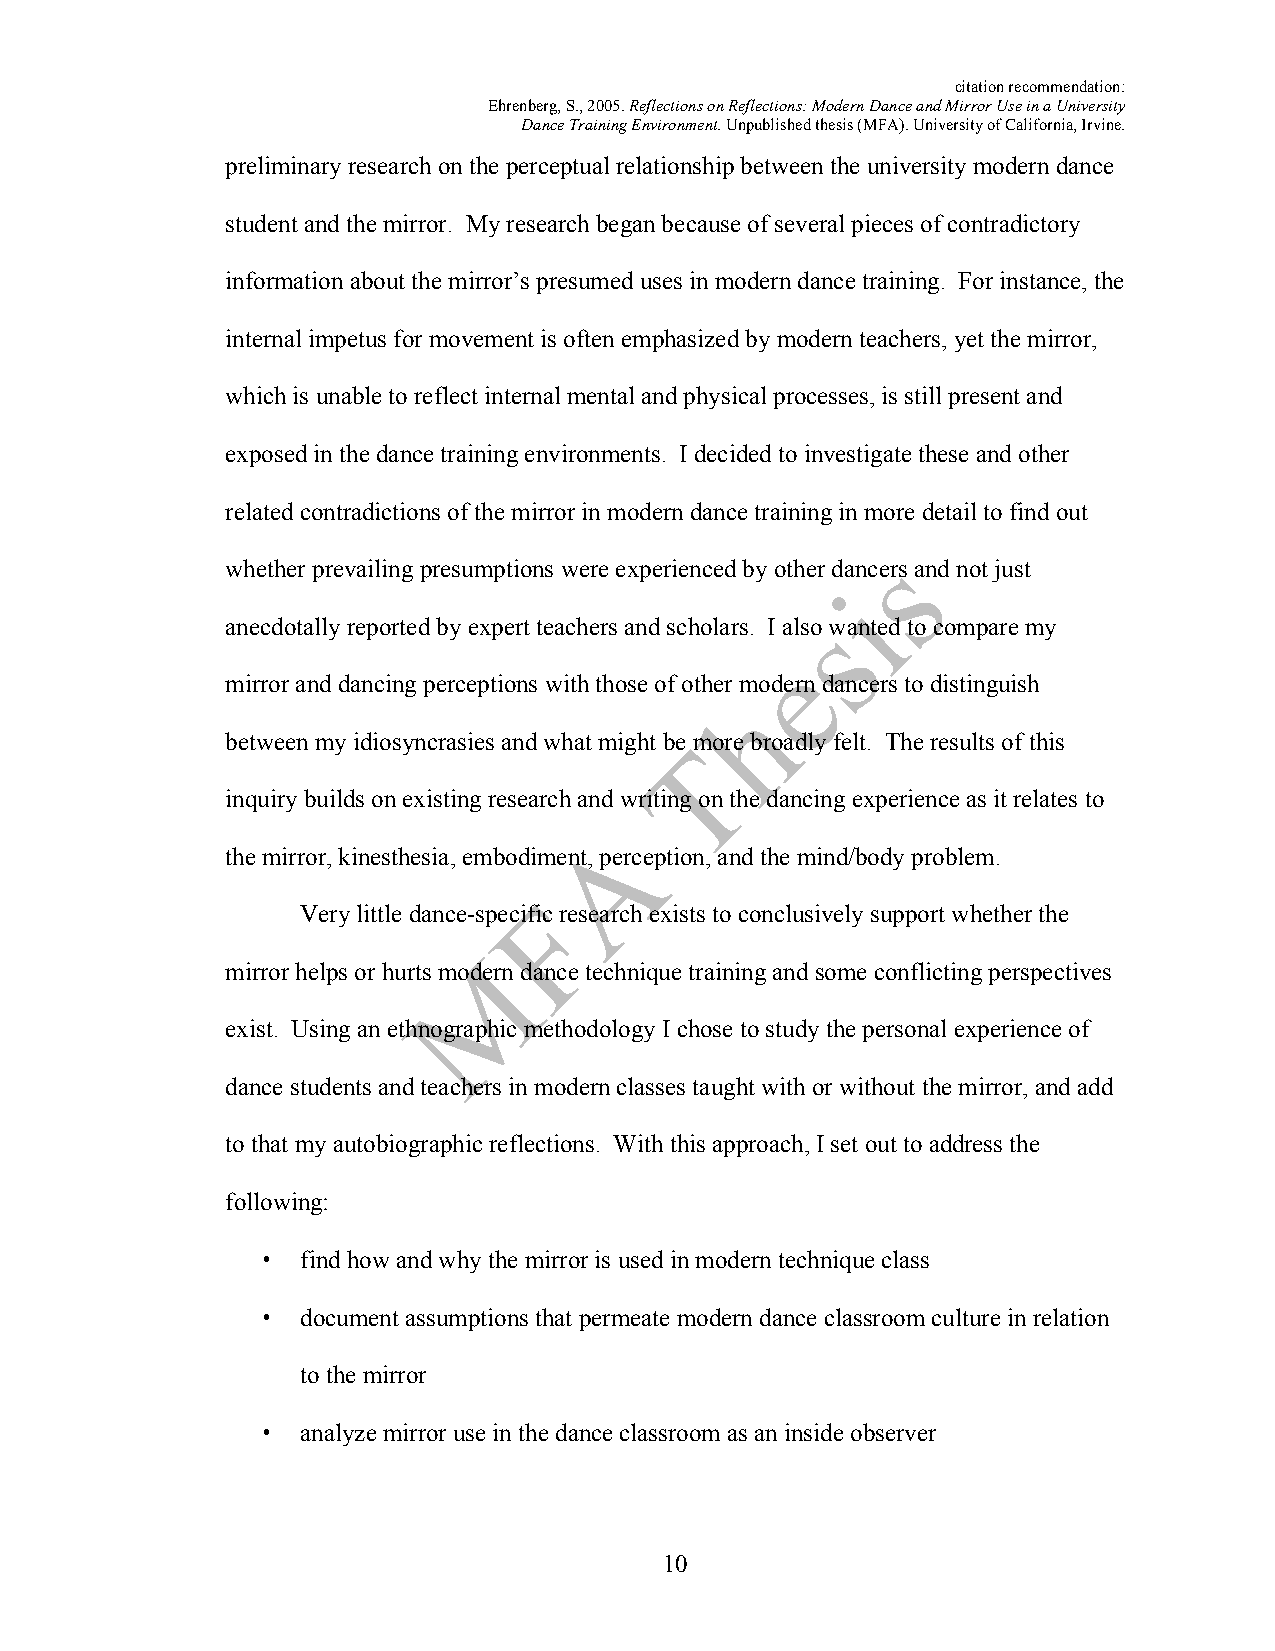
citation recommendation:
 Ehrenberg, S., 2005. Reflections on Reflections: Modern Dance and Mirror Use in a University
 Dance Training Environment. Unpublished thesis (MFA). University of California, Irvine.
 preliminary research on the perceptual relationship between the university modern dance
 student and the mirror. My research began because of several pieces of contradictory
 information about the mirror’s presumed uses in modern dance training. For instance, the
 internal impetus for movement is often emphasized by modern teachers, yet the mirror,
 which is unable to reflect internal mental and physical processes, is still present and
 exposed in the dance training environments. I decided to investigate these and other
 related contradictions of the mirror in modern dance training in more detail to find out
 whether prevailing presumptions were experienced by other dancers and not just
 anecdotally reported by expert teachers and scholars. I also wanted to compare my
 mirror and dancing perceptions with those of other modern dancers to distinguish
 between my idiosyncrasies and what might be more broadly felt. The results of this
 inquiry builds on existing research and writing on the dancing experience as it relates to
 the mirror, kinesthesia, embodiment, perception, and the mind/body problem.
 Very little dance-specific research exists to conclusively support whether the
 mirror helps or hurts modern dance technique training and some conflicting perspectives
 exist. Using an ethnographic methodology I chose to study the personal experience of
 dance students and teachers in modern classes taught with or without the mirror, and add
 to that my autobiographic reflections. With this approach, I set out to address the
 following:
 •  find how and why the mirror is used in modern technique class
 •  document assumptions that permeate modern dance classroom culture in relation
 to the mirror
 •  analyze mirror use in the dance classroom as an inside observer
 10